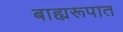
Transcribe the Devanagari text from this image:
बाह्यरूपात